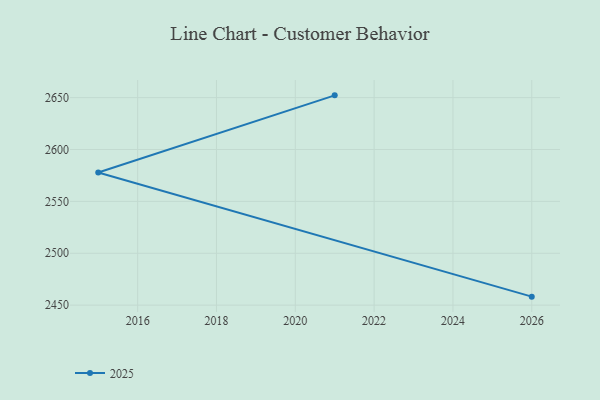
{"axis": {"x": "Year", "y": "Active Users"}, "legend": ["2025"], "data": [{"x": "2021", "y": 2652.2, "type": "2025"}, {"x": "2015", "y": 2577.8, "type": "2025"}, {"x": "2026", "y": 2458.2, "type": "2025"}]}